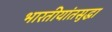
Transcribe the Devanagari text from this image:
भारतीयांतसुद्धा